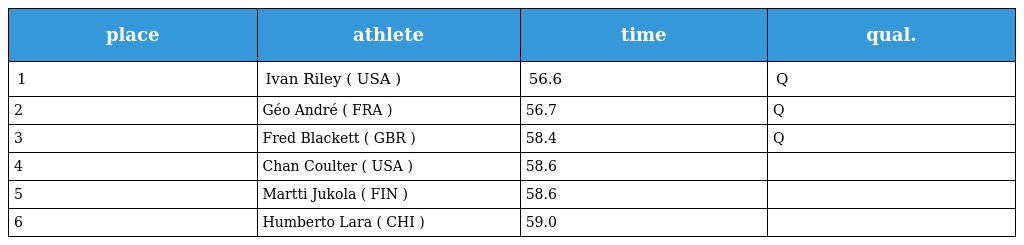
| place | athlete | time | qual. |
 | --- | --- | --- | --- |
 | 1 | Ivan Riley ( USA ) | 56.6 | Q |
 | 2 | Géo André ( FRA ) | 56.7 | Q |
 | 3 | Fred Blackett ( GBR ) | 58.4 | Q |
 | 4 | Chan Coulter ( USA ) | 58.6 |  |
 | 5 | Martti Jukola ( FIN ) | 58.6 |  |
 | 6 | Humberto Lara ( CHI ) | 59.0 |  |